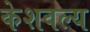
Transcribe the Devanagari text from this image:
केशवल्य